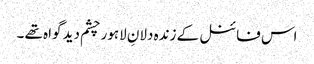
اس فائنل کے زندہ دلانِ لاہور چشم دید گواہ تھے ۔